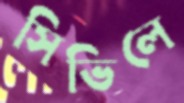
সিভিলে